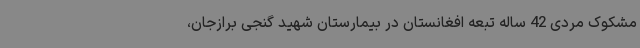
مشکوک مردی 42 ساله تبعه افغانستان در بیمارستان شهید گنجی برازجان،